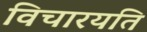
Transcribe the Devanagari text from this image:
विचारयति